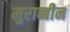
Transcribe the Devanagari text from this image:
मुराब्बीन